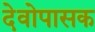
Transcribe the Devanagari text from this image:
देवोपासक